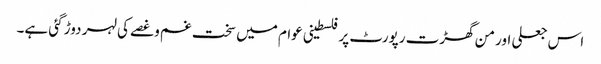
اس جعلی اور من گھڑت رپورٹ پر فلسطینی عوام میں سخت غم وغصے کی لہر دوڑ گئی ہے۔